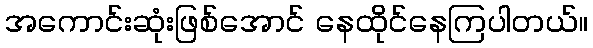
အကောင်းဆုံးဖြစ်အောင် နေထိုင်နေကြပါတယ်။